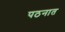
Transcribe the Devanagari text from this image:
पठनात